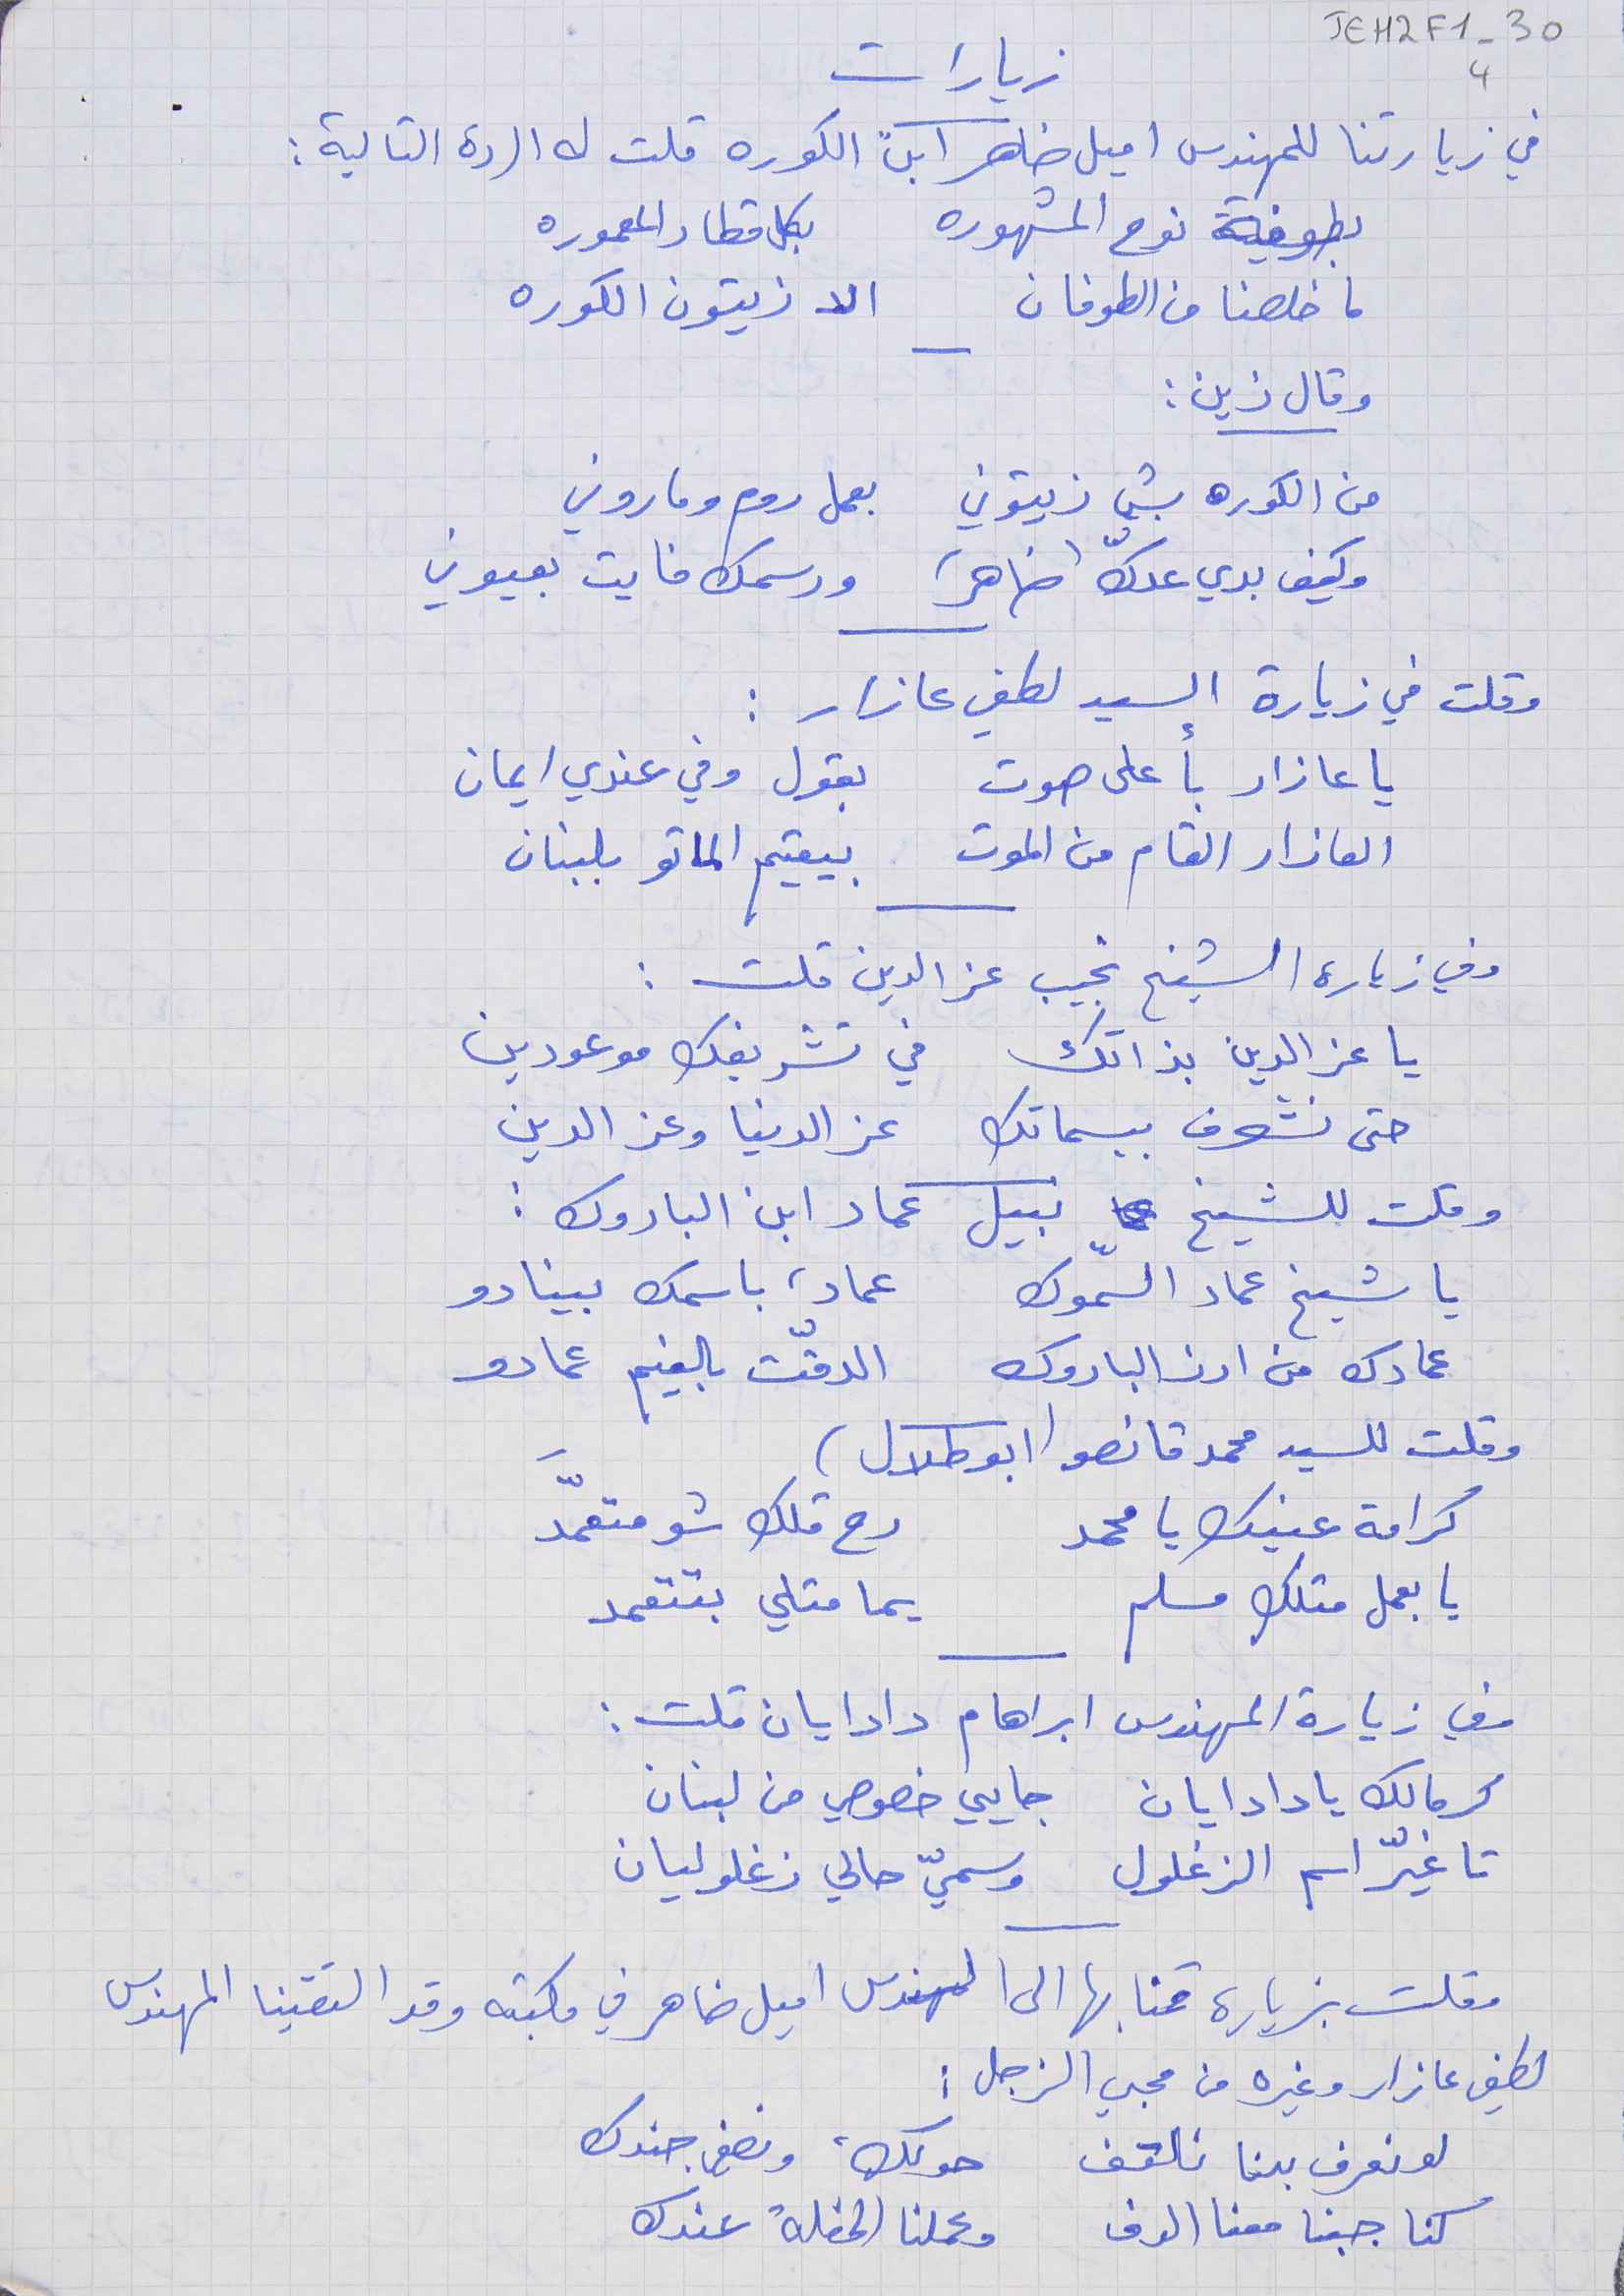
JEH2F1-304
 زيارات
بطوفة نوح المشهوره بكل قطار المعموره
 ما خلصنا من الطوفان     الا زيتون الكوره
 وقال زين :
 من الكوره بشي زيتوني     بعمل روم وماروني
 وكيف بدي عدّك (ضاهر)      ورسمك فايت بعيوني
 وقلت في زيارة السيد لطفي عازار :
 يا عازار بأعلى صوت     بقول وفي عندي ايمان
 العازار القام من الموت     بيقيم الماتو بلبنان
 وفي زيارة الشيخ نجيب عز الدين قلت :
 يا عز الدين بذاتك في تشريفك موعودين
حتى نشوف ببسماتك      عز الدنيا وعز الدين
 وقلت للشيخ نبيل عماد ابن الباروك :
يا شيخ عماد السمّوك     عماد، باسمك بينادو
 عمادك من ارز الباروك      الدقّت بالغيم عمادو
 وقلت للسيد محمد قانصو (ابو طلال)
 كرامة عينك يا محمد      رح قلك شو متعمَّد
 يا بعمل متلك مسلم     يما متلي بتتعمد
 وفي زيارة المهندس ابراهام دادايان قلت :
كرمالك يا دادايان      جايي خصوصي من لبنان
 تا غيّر اسم الزغلول     وسميّ حالي زغلوليان
 وقلت بزيارة قمنا بها الى المهندس اميل ضاهر في مكبته وقد التقينا المهندس
لطفي عازار وغيره من محبي الزجل :
 لو نعرف بدنا نلتف     حولك، ونصفي جندك
 كنا جبنا معنا الدف     وعملنا الحفلة عندك
في زيارتنا للمهندس اميل ضاهر ابن الكوره قلت له الردة التالية :